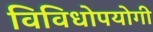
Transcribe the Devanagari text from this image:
विविधोपयोगी